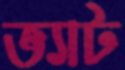
ভ্যাট